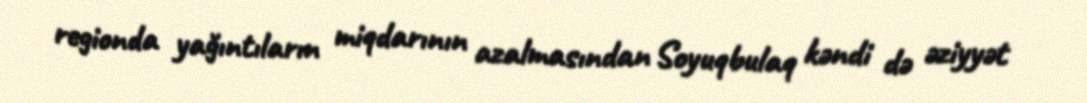
regionda yağıntıların miqdarının azalmasından Soyuqbulaq kəndi də əziyyət